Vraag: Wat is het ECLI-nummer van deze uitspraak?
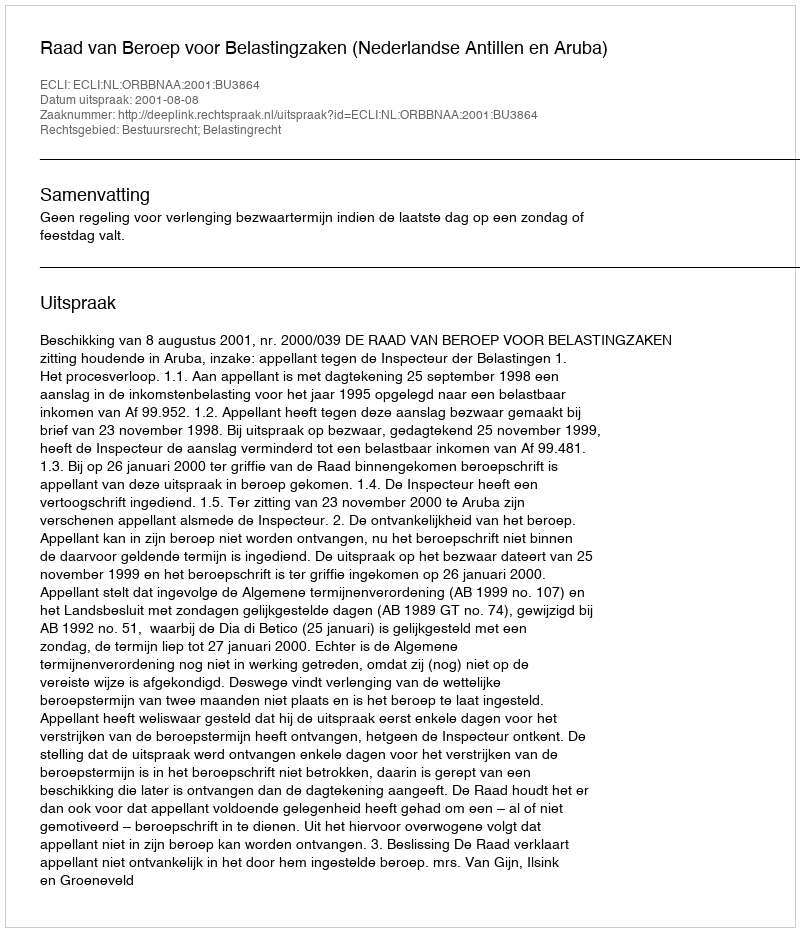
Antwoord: ECLI:NL:ORBBNAA:2001:BU3864